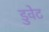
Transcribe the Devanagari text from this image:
डुवेट